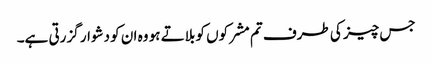
جس چیز کی طرف تم مشرکوں کو بلاتے ہو وہ ان کو دشوار گزرتی ہے۔